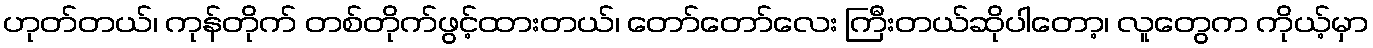
ဟုတ်တယ်၊ ကုန်တိုက် တစ်တိုက်ဖွင့်ထားတယ်၊ တော်တော်လေး ကြီးတယ်ဆိုပါတော့၊ လူတွေက ကိုယ့်မှာ